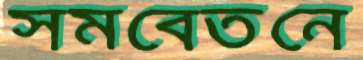
সমবেতনে